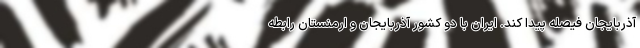
آذربایجان فیصله پیدا کند. ایران با دو کشور آذربایجان و ارمنستان رابطه